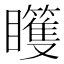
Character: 𰦊